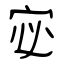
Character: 宓